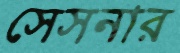
সেসনার